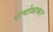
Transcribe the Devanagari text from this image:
पाचोळाकार